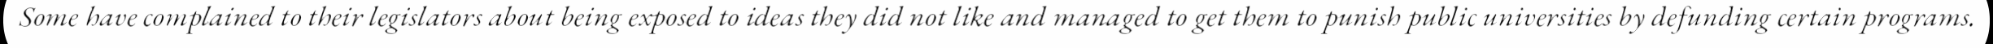
Some have complained to their legislators about being exposed to ideas they did not like and managed to get them to punish public universities by defunding certain programs.